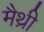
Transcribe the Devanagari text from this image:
मैथ्री